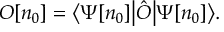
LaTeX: O [ n _ { 0 } ] = { \big \langle } \Psi [ n _ { 0 } ] { \big | } { \hat { O } } { \big | } \Psi [ n _ { 0 } ] { \big \rangle } .